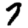
Digit: 7